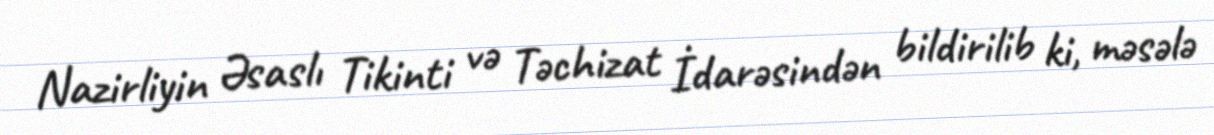
Nazirliyin Əsaslı Tikinti və Təchizat İdarəsindən bildirilib ki, məsələ